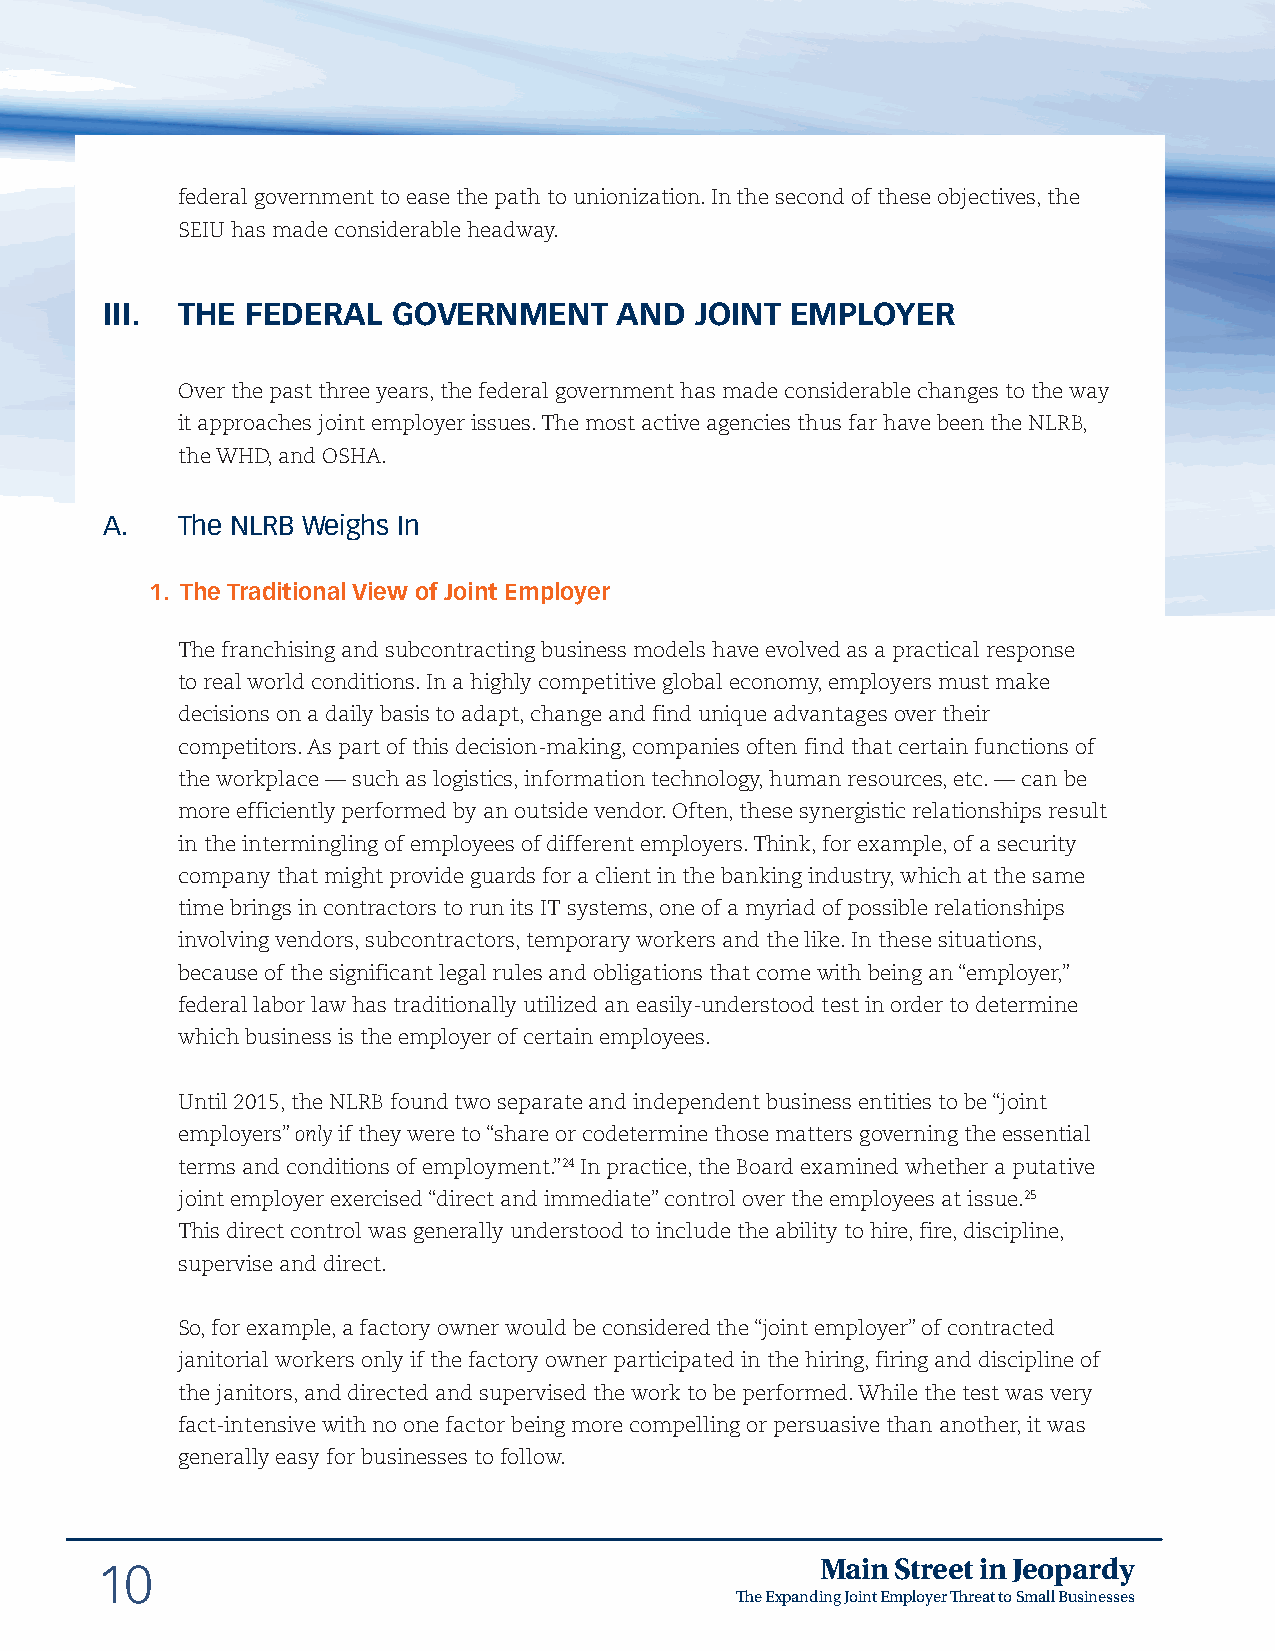
federal government to ease the path to unionization. In the second of these objectives, the
 SEIU has made considerable headway.
 III. THE FEDERAL   GOVERNMENT     AND  JOINT EMPLOYER
 Over the past three years, the federal government has made considerable changes to the way
 it approaches joint employer issues. The most active agencies thus far have been the NLRB,
 the WHD, and OSHA.
 A.   The NLRB Weighs In
 1. The Traditional View of Joint Employer
 The franchising and subcontracting business models have evolved as a practical response
 to real world conditions. In a highly competitive global economy, employers must make
 decisions on a daily basis to adapt, change and find unique advantages over their
 competitors. As part of this decision-making, companies often find that certain functions of
 the workplace — such as logistics, information technology, human resources, etc. — can be
 more efficiently performed by an outside vendor. Often, these synergistic relationships result
 in the intermingling of employees of different employers. Think, for example, of a security
 company that might provide guards for a client in the banking industry, which at the same
 time brings in contractors to run its IT systems, one of a myriad of possible relationships
 involving vendors, subcontractors, temporary workers and the like. In these situations,
 because of the significant legal rules and obligations that come with being an “employer,”
 federal labor law has traditionally utilized an easily-understood test in order to determine
 which business is the employer of certain employees.
 Until 2015, the NLRB found two separate and independent business entities to be “joint
 employers” only if they were to “share or codetermine those matters governing the essential
 terms and conditions of employment.”24 In practice, the Board examined whether a putative
 joint employer exercised “direct and immediate” control over the employees at issue.25
 This direct control was generally understood to include the ability to hire, fire, discipline,
 supervise and direct.
 So, for example, a factory owner would be considered the “joint employer” of contracted
 janitorial workers only if the factory owner participated in the hiring, firing and discipline of
 the janitors, and directed and supervised the work to be performed. While the test was very
 fact-intensive with no one factor being more compelling or persuasive than another, it was
 generally easy for businesses to follow.
 Main Street in Jeopardy
 10
 The Expanding Joint Employer Threat to Small Businesses